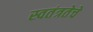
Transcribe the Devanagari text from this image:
स्वतंत्रतेचे